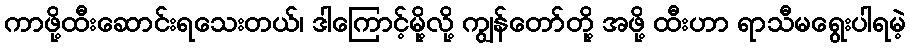
ကာဖို့ထီးဆောင်းရသေးတယ်၊ ဒါကြောင့်မို့လို့ ကျွန်တော်တို့ အဖို့ ထီးဟာ ရာသီမရွေးပါရမဲ့